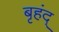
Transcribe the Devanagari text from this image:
बृहंद्